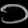
Digit: ၁